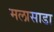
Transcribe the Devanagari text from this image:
मलासाडा